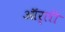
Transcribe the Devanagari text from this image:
ऑर्ली